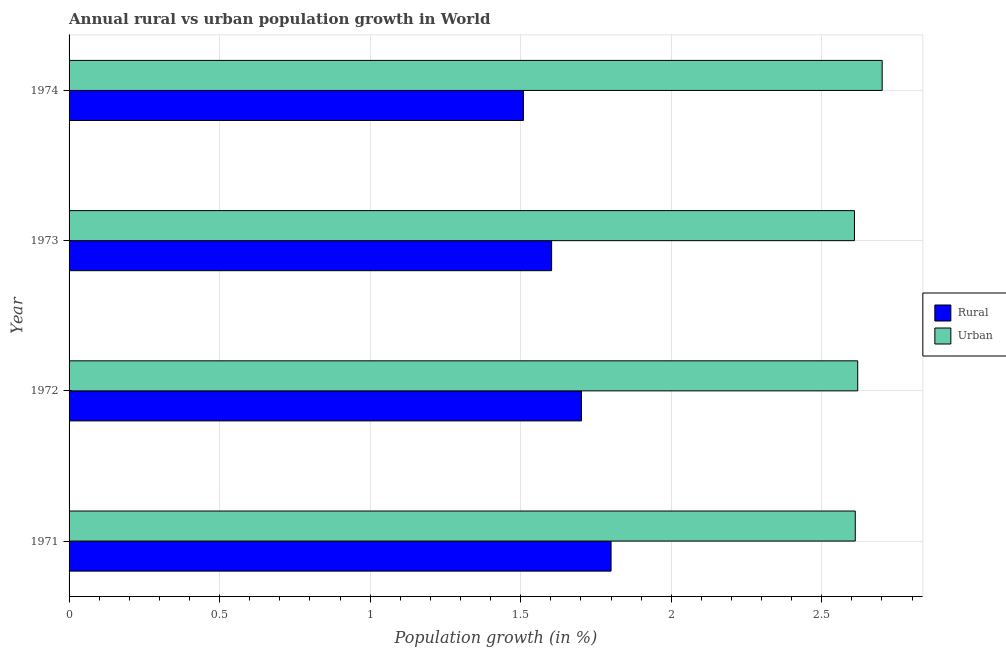
| Year | Rural | Urban  |
 | --- | --- | --- |
 | 1971 | 1.8 | 2.61 |
 | 1972 | 1.7 | 2.62 |
 | 1973 | 1.6 | 2.61 |
 | 1974 | 1.51 | 2.7 |